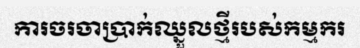
ការចរចាប្រាក់ឈ្នួលថ្មីរបស់កម្មករ